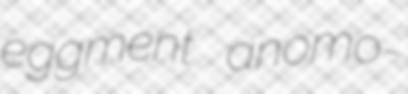
eggment anomo-